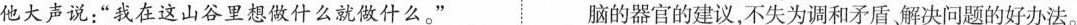
他大声说：”我在这山谷里想做什么就做什么。” 脑的器官的建议，不失为调和矛盾解决问题的好办法。